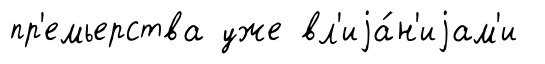
пр'емьерства уже вл'иjа́н'иjам'и